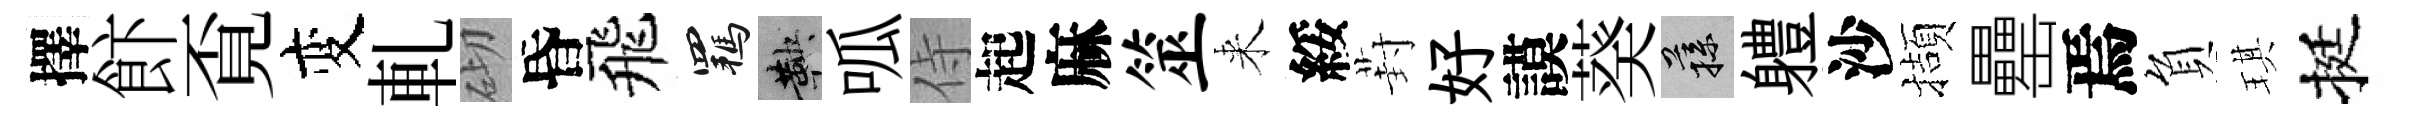
擇飰覔变軋砌昏飛羈鞅呱侍起麻筮来綏葑好謨葵蓀軆沙擷罍焉負琪挺